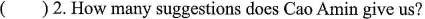
( )2.How many suggestions does Cao Amin give us?